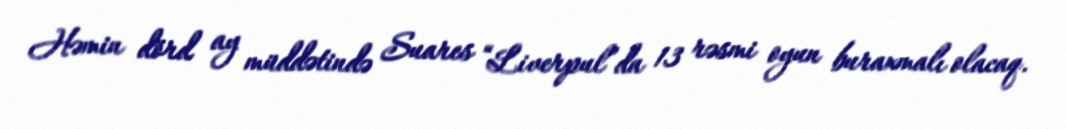
Həmin dörd ay müddətində Suares “Liverpul”da 13 rəsmi oyun buraxmalı olacaq.